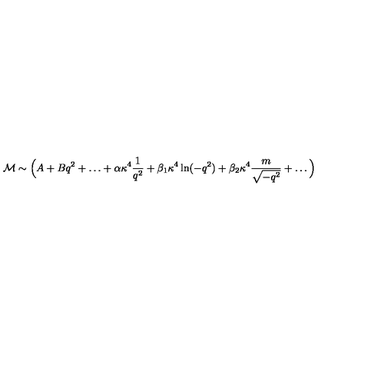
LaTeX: { \cal M } \sim \Big ( A + B q ^ { 2 } + \ldots + \alpha \kappa ^ { 4 } \frac 1 { q ^ { 2 } } + \beta _ { 1 } \kappa ^ { 4 } \ln ( - q ^ { 2 } ) + \beta _ { 2 } \kappa ^ { 4 } \frac { m } { \sqrt { - q ^ { 2 } } } + \ldots \Big )